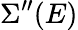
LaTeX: \Sigma^{\prime\prime}(E)